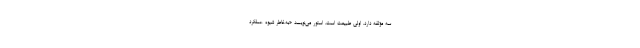
سه مؤلفه دارد. اولی طبیعت است. استور می‌نویسد «به‌خاطر شیوهٔ عملکرد